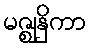
မဇ္ဈနှိကာ